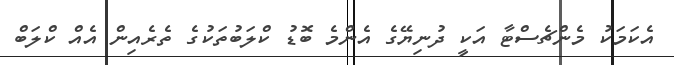
އެކަމަކު މެންޗެސްޓާ އަކީ ދުނިޔޭގެ އެންމެ ބޮޑު ކްލަބުތަކުގެ ތެރެއިން އެއް ކްލަބް